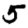
Digit: 5